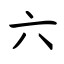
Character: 六